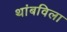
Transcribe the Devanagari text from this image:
थांबविला